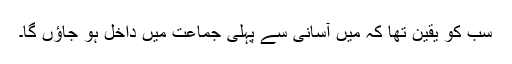
سب کو یقین تھا کہ میں آسانی سے پہلی جماعت میں داخل ہو جاؤں گا۔